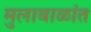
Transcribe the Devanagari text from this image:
मुलाबाळांत